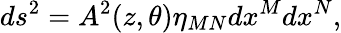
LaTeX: ds^{2}=A^{2}(z,\theta)\eta_{MN}dx^{M}dx^{N},